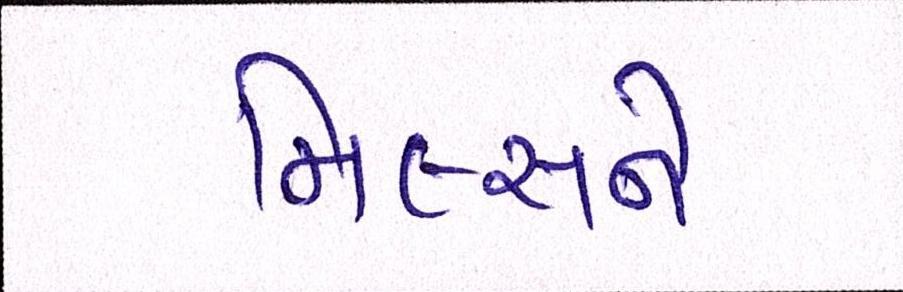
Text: મિલ્સને